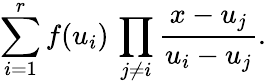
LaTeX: \sum_{i=1}^{r}f(u_{i})\, \prod_{j\ne i}\frac{x-u_{j}}{u_{i}-u_{j}}.